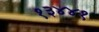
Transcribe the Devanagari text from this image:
१३४४१